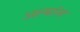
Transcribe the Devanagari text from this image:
अल्बांस